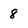
Character: 8